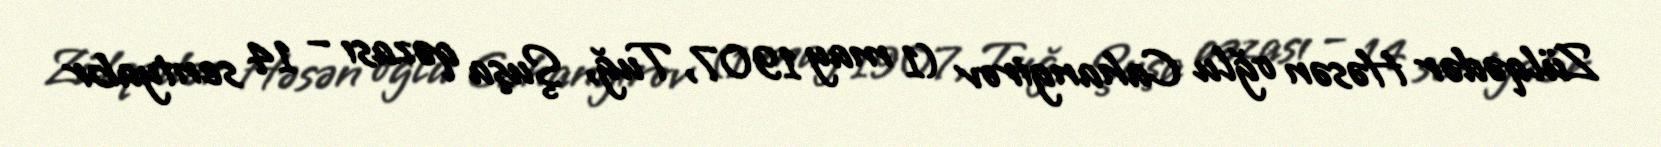
Zülqədər Həsən oğlu Cahangirov (1 may 1907, Tuğ, Şuşa qəzası – 14 sentyabr